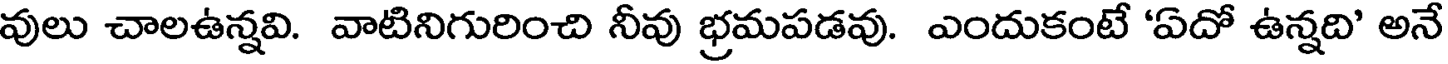
వులు చాలఉన్నవి. వాటినిగురించి నీవు భ్రమపడవు. ఎందుకంటే 'ఏదో ఉన్నది' అనే